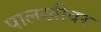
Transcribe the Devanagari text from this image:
पालखीवर